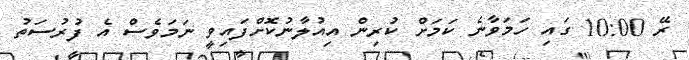
ރޭ 10:00 ގައި ހަމަވާނެ ކަމަށް ކުރިން އިއުލާނުކޮށްފައިވީ ނަމަވެސް އެ ފުރުސަތު